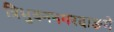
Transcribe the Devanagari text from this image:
त्रिभुवननगरदाङमे